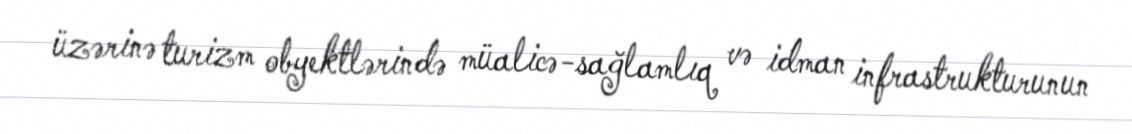
üzərinə turizm obyektlərində müalicə-sağlamlıq və idman infrastrukturunun